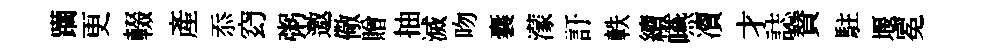
躪更輟産忝𥥆粥邀儆贈抽滅吻囊濛訏軼續嚥凟才誌賛駐堰冕